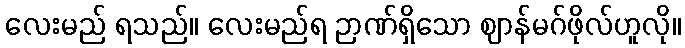
လေးမည် ရသည်။ လေးမည်ရ ဉာဏ်ရှိသော ဈာန်မဂ်ဖိုလ်ဟူလို။